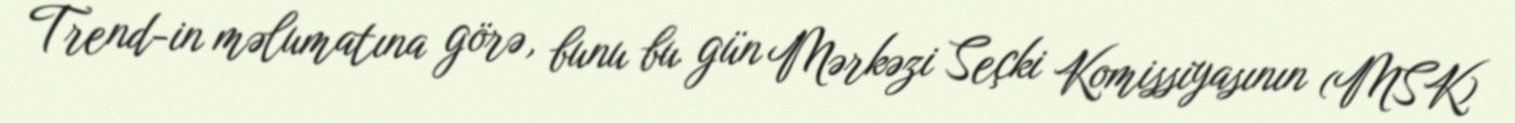
Trend-in məlumatına görə, bunu bu gün Mərkəzi Seçki Komissiyasının (MSK)